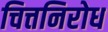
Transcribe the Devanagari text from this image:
चित्तनिरोध